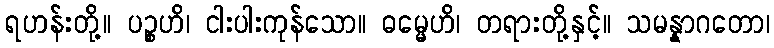
ရဟန်းတို့။ ပဉ္စဟိ၊ ငါးပါးကုန်သော။ ဓမ္မေဟိ၊ တရားတို့နှင့်။ သမန္နာဂတော၊